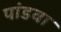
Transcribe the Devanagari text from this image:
पांडवा